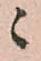
ニ